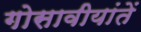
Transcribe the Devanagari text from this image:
गोसावीयांतें